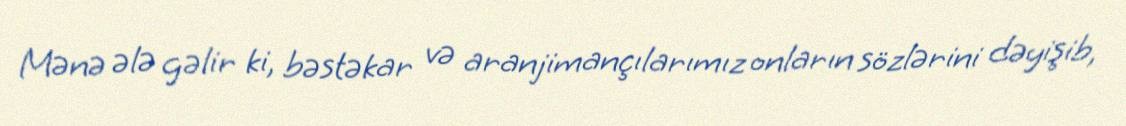
Mənə ələ gəlir ki, bəstəkar və aranjimançılarımız onların sözlərini dəyişib,